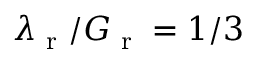
\lambda _ { \textrm { r } } / G _ { \textrm { r } } = 1 / 3